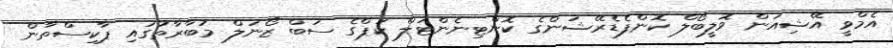
އެމްވީ އޭޝިއަން ވޮލީބޯލް ކޮންފެޑެރޭޝަންގެ ކޮންޓިނެންޓަލް ކަޕްގެ ސަބް ޒޯނަލް މުބާރާތުގައި ޕާކިސްތާން